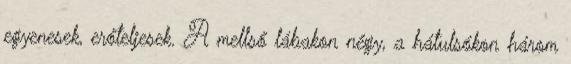
egyenesek, erőteljesek. A mellső lábakon négy, a hátulsókon három